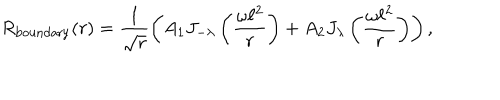
R _ { \mathrm { b o u n d a r y } } ( r ) = \frac { 1 } { \sqrt { r } } \left( A _ { \mathrm { 1 } } J _ { - \lambda } \left( \frac { \omega \ell ^ { 2 } } { r } \right) + A _ { \mathrm { 2 } } J _ { \lambda } \left( \frac { \omega \ell ^ { 2 } } { r } \right) \right) ,